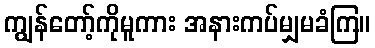
ကျွန်တော့်ကိုမူကား အနားကပ်မျှမခံကြ။